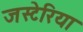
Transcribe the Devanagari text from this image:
जस्टेरिया